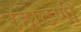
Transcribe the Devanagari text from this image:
रहाटणी